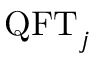
\mathrm { Q F T } _ { j }